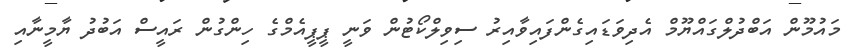
މައުމޫން އަަބްދުލްގައްޔޫމް އެދިވަޑައިގެންފައިވާއިރު ސިވިލްކޯޓުން ވަނީ ޕީޕީއެމްގެ ހިންގުން ރައީސް އަބުދު ޔާމީނާއި